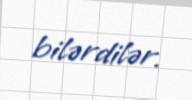
bilərdilər.